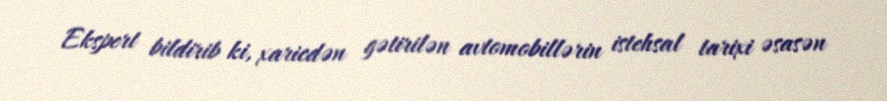
Ekspert bildirib ki, xaricdən gətirilən avtomobillərin istehsal tarixi əsasən